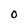
Character: O